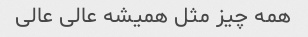
همه چیز مثل همیشه عالی عالی